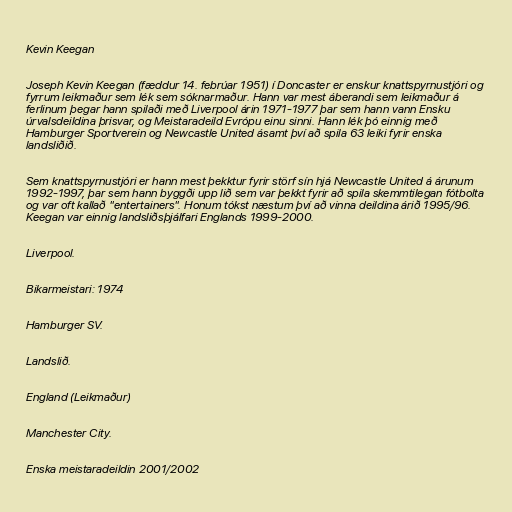
Kevin Keegan

Joseph Kevin Keegan (fæddur 14. febrúar 1951) í Doncaster er enskur knattspyrnustjóri og
fyrrum leikmaður sem lék sem sóknarmaður. Hann var mest áberandi sem leikmaður á
ferlinum þegar hann spilaði með Liverpool árin 1971-1977 þar sem hann vann Ensku
úrvalsdeildina þrisvar, og Meistaradeild Evrópu einu sinni. Hann lék þó einnig með
Hamburger Sportverein og Newcastle United ásamt því að spila 63 leiki fyrir enska
landsliðið.

Sem knattspyrnustjóri er hann mest þekktur fyrir störf sín hjá Newcastle United á árunum
1992-1997, þar sem hann byggði upp lið sem var þekkt fyrir að spila skemmtilegan fótbolta
og var oft kallað "entertainers". Honum tókst næstum því að vinna deildina árið 1995/96.
Keegan var einnig landsliðsþjálfari Englands 1999-2000.

Liverpool.

Bikarmeistari: 1974

Hamburger SV.

Landslið.

England (Leikmaður)

Manchester City.

Enska meistaradeildin 2001/2002